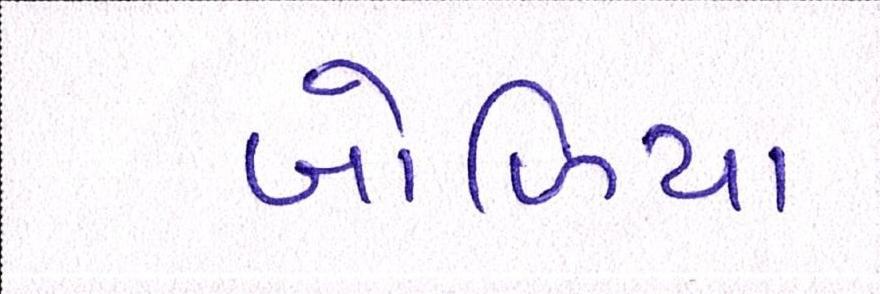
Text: બોળિયા